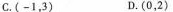
C.(-13) D.(0，2)